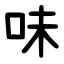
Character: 味